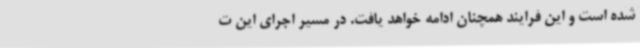
شده است و این فرایند همچنان ادامه خواهد یافت. در مسیر اجرای این ت